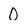
Character: O